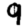
Digit: 9